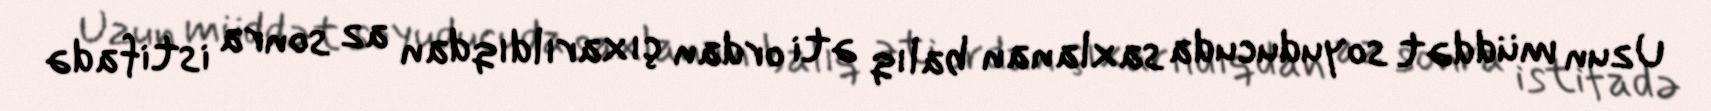
Uzun müddət soyuducuda saxlanan balıq əti ordan çıxarıldıqdan az sonra istifadə